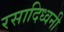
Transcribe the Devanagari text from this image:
रसादिध्वनी